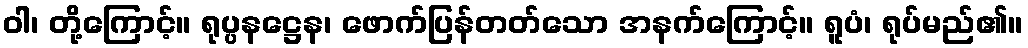
ဝါ၊ တို့ကြောင့်။ ရုပ္ပနဋ္ဌေန၊ ဖောက်ပြန်တတ်သော အနက်ကြောင့်။ ရူပံ၊ ရုပ်မည်၏။